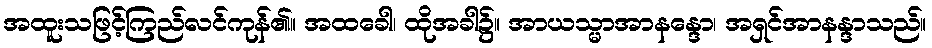
အထူးသဖြင့်ကြည်လင်ကုန်၏။ အထခေါ၊ ထိုအခါ၌။ အာယသ္မာအာနန္ဒော၊ အရှင်အာနန္ဒာသည်။